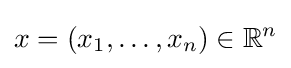
x=(x_{1},\dots ,x_{n})\in \mathbb {R} ^{n}